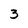
Character: 3